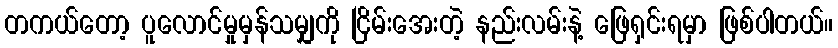
တကယ်တော့ ပူလောင်မှုမှန်သမျှကို ငြိမ်းအေးတဲ့ နည်းလမ်းနဲ့ ဖြေရှင်းရမှာ ဖြစ်ပါတယ်။